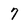
Character: 7